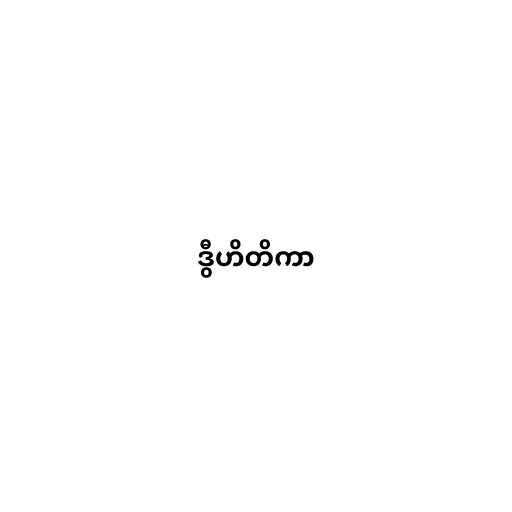
ဒွီဟိတိကာ